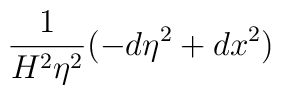
\frac 1{H^2\eta ^2}(-d\eta ^2+dx^2)